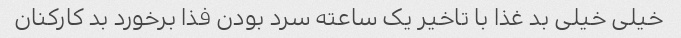
خیلی خیلی بد غذا با تاخیر یک ساعته سرد بودن فذا برخورد بد کارکنان